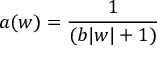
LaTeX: a ( w ) = \frac { 1 } { ( b | w | + 1 ) }